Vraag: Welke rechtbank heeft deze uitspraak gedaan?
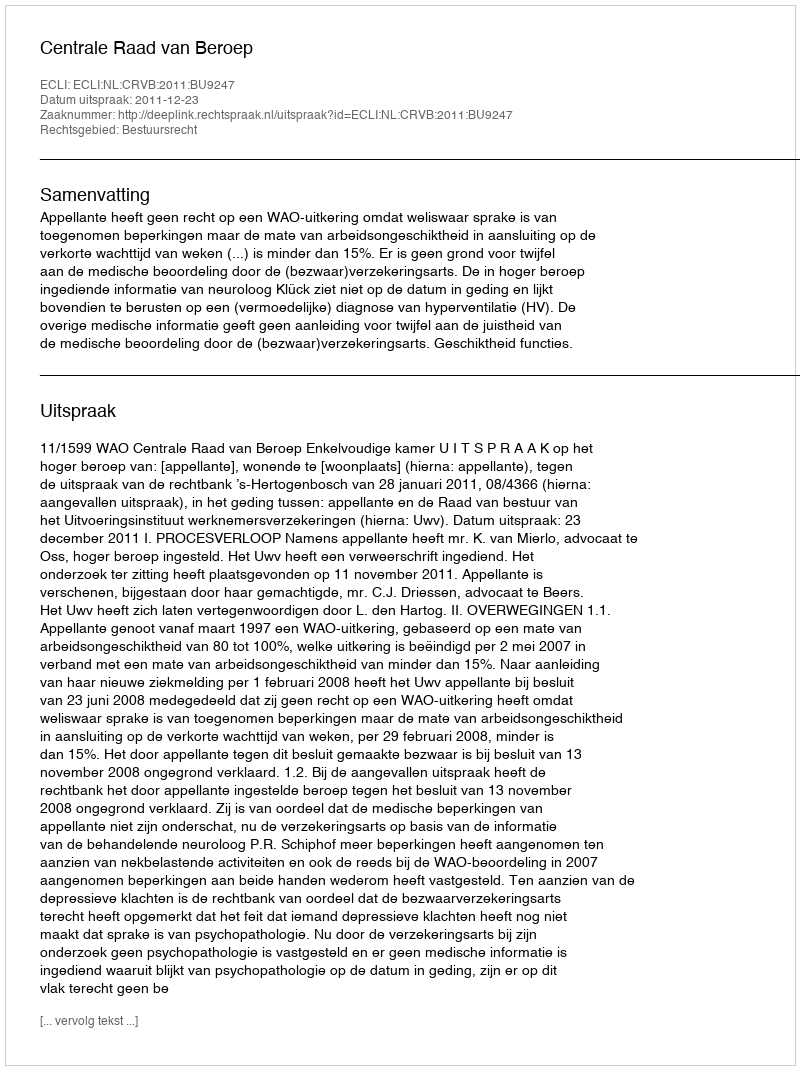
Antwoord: Centrale Raad van Beroep